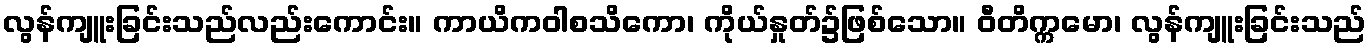
လွန်ကျူးခြင်းသည်လည်းကောင်း။ ကာယိကဝါစသိကော၊ ကိုယ်နှုတ်၌ဖြစ်သော။ ဝီတိက္ကမော၊ လွန်ကျူးခြင်းသည်